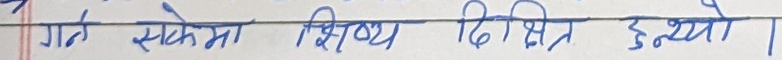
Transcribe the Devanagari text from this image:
गते सकेमा शिष्य दिक्षित हुन्थ्यो।